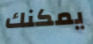
يمكنك